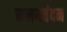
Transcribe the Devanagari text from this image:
मलयचंदन